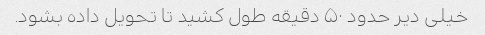
خیلی دیر حدود ۵۰ دقیقه طول کشید تا تحویل داده بشود.